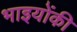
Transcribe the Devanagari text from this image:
भाइयोंकी